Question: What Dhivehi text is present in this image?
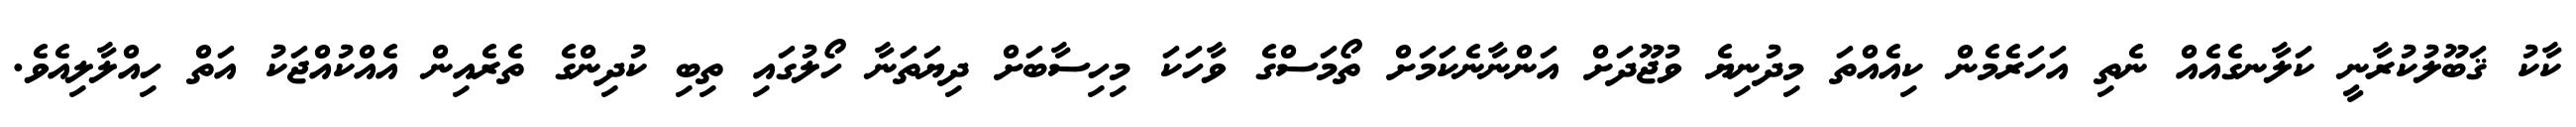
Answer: ކާކު ޤަބޫލުކުރާނީ ކަލާނގެއެއް ނެތި އަހަރެމެން ކިއެއްތަ މިދުނިޔެ ވުޖޫދަށް އަންނާނެކަމަށް ތޯމަސްގެ ވާހަކަ މިހިސާބަށް ދިޔަތަނާ ހޯލުގައި ތިބި ކުދިންގެ ތެރެއިން އެއްކުއްޖަކު އަތް ހިއްލާލިއެވެ.